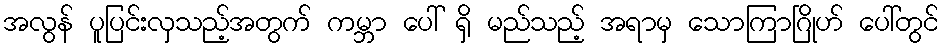
အလွန် ပူပြင်းလှသည့်အတွက် ကမ္ဘာ ပေါ် ရှိ မည်သည့် အရာမှ သောကြာဂြိုဟ် ပေါ်တွင်